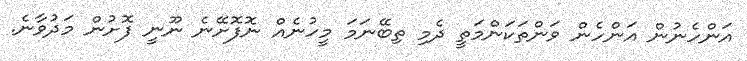
އަންހެނުން އަންހެން ވަންތަކަންމަތީ ދެމި ތިބޭނަމަ މީހުނެއް ނޮފޮށޭނެ ނޫނީ ފޮށުން މަދުވާނެ.